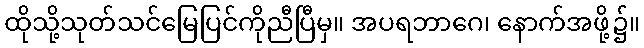
ထိုသို့သုတ်သင်မြေပြင်ကိုညီပြီမှ။ အပရဘာဂေ၊ နောက်အဖို့၌။